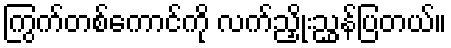
ကြွက်တစ်ကောင်ကို လက်ညှိုးညွှန်ပြတယ်။